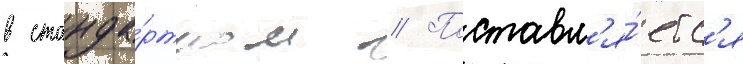
в станда́ртном // Поставл'я́етс'я